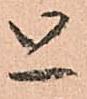
と